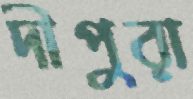
দীপুরা